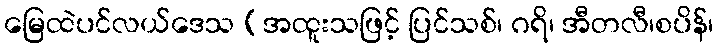
မြေထဲပင်လယ်ဒေသ (အထူးသဖြင့် ပြင်သစ်၊ ဂရိ၊ အီတလီ၊စပိန်၊